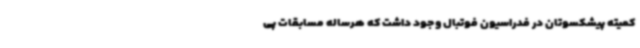
کمیته پیشکسوتان در فدراسیون فوتبال وجود داشت که هرساله مسابقات پی